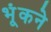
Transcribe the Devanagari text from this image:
भूंकने